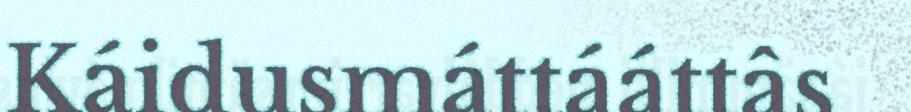
Káidusmáttááttâs